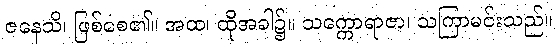
ဇနေသိ၊ ဖြစ်စေ၏။ အထ၊ ထိုအခါ၌။ သက္ကောရာဇာ၊ သကြာမင်းသည်။